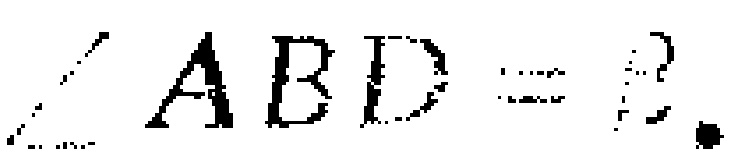
$\angle ABD = ?.$